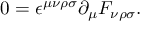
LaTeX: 0 = \epsilon ^ { \mu \nu \rho \sigma } \partial _ { \mu } F _ { \nu \rho \sigma } .